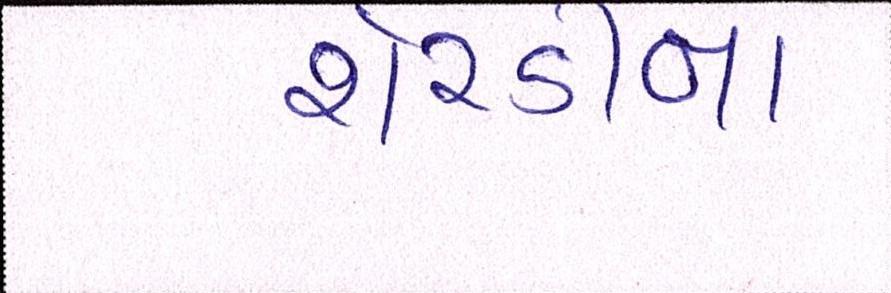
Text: શેરડીના